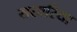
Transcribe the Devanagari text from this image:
सरबरिया